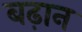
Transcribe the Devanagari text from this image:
बढ़ान